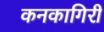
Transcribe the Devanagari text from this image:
कनकागिरी